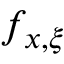
f _ { x , \xi }